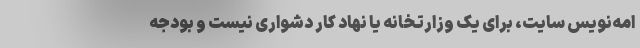
امه‌نویس سایت، برای یک وزارتخانه یا نهاد کار دشواری نیست و بودجه